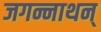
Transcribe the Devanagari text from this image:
जगन्नाथन्